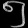
Digit: ၅